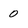
Character: 0